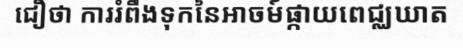
ជឿថា ការរំពឹងទុកនៃអាចម៍ផ្កាយពេជ្ឈឃាត